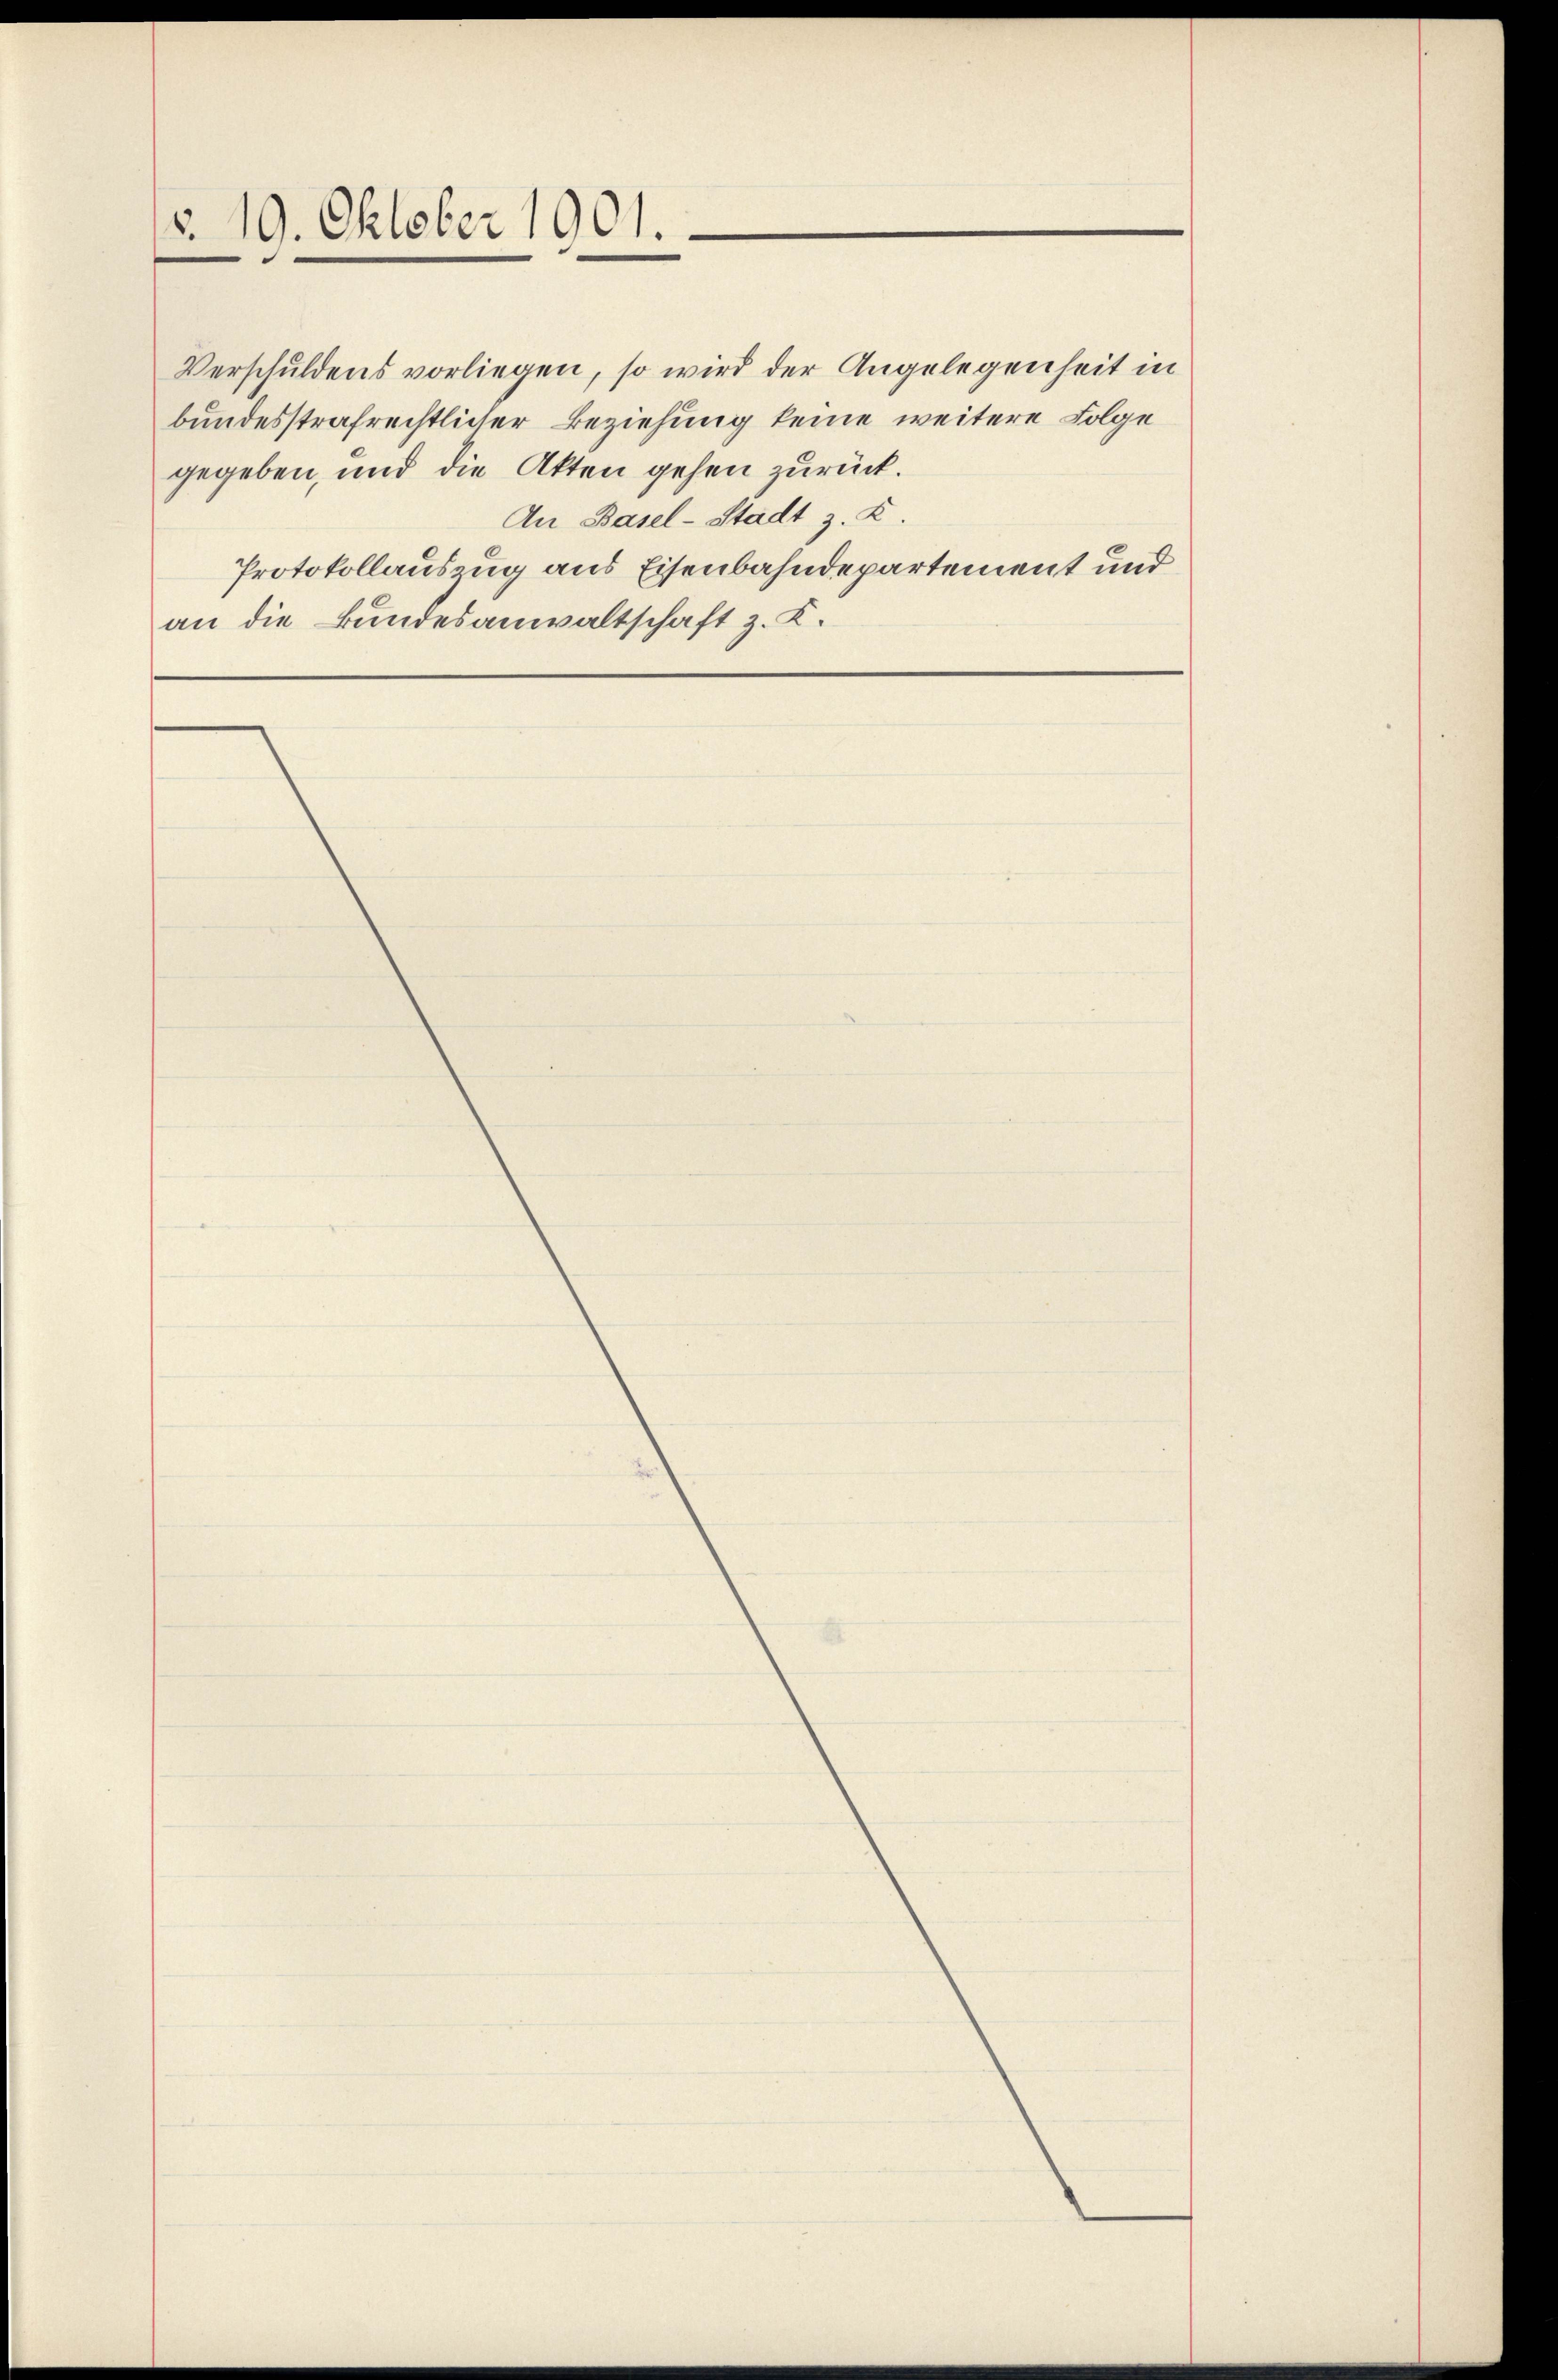
§. 19. Oktober 1901.

Verschuldens vorliegen, so wird der Angelegenheit in
bundesstrafrechtlicher Beziehung keine weitere Folge
gegeben, und die Akten gehen zurück.
An Basel-Stadt z. R.
Protokollauszug aus Eisenbahndepartement und
an die Bundesanwaltschaft z. K.